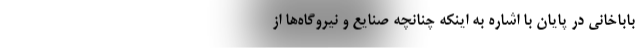
باباخانی در پایان با اشاره به اینکه چنانچه صنایع و نیروگاه‌ها از